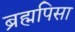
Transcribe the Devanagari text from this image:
ब्रह्मपिसा